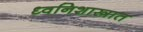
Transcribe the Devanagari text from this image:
ध्वनिशास्त्रात